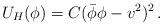
LaTeX: \begin{align*}U_H (\phi ) = C(\bar \phi \phi - v^2 )^2\, .\end{align*}